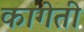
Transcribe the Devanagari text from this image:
कागेती